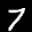
Label: 7